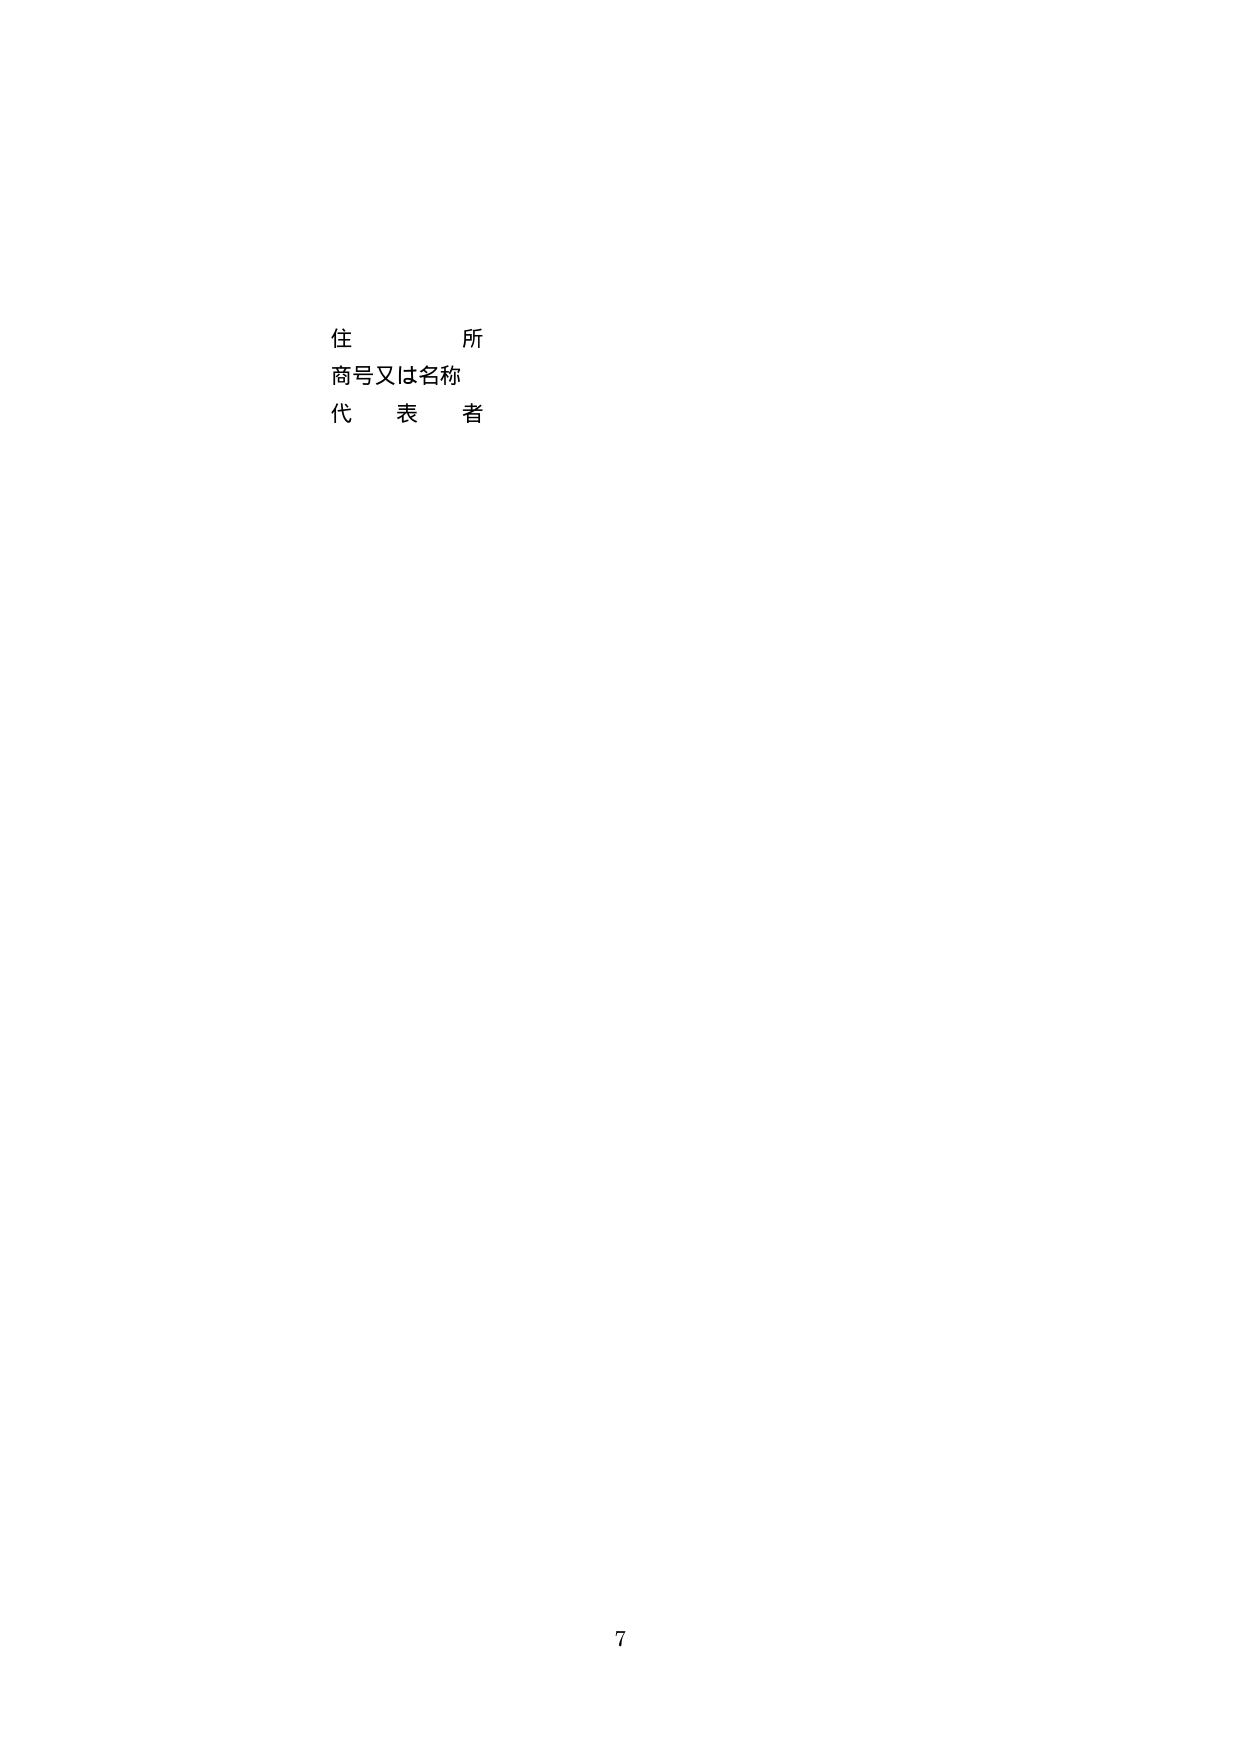
住　　　　所
商号又は名称
代　　表　　者

7